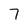
Character: 7